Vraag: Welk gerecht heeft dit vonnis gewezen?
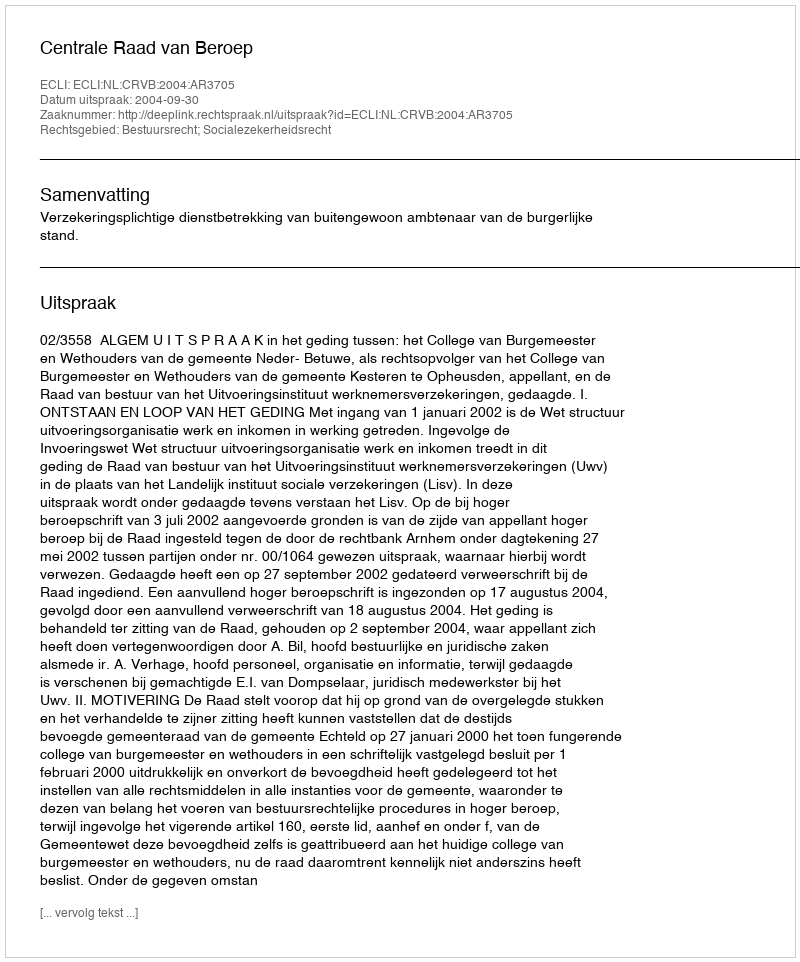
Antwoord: Centrale Raad van Beroep